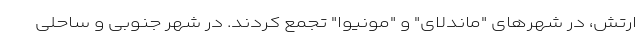
ارتش، در شهرهای "ماندلای" و "مونیوا" تجمع کردند. در شهر جنوبی و ساحلی